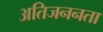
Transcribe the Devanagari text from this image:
अतिजननता